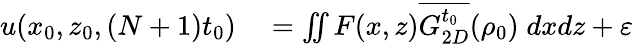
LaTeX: \begin{array}{rl}{u(x_{0},z_{0},(N+1)t_{0})}&{{}=\iint F(x,z)\overline{{G_{2D}^{t_{0}}}}(\rho_{0})\; dxdz+\varepsilon}\end{array}